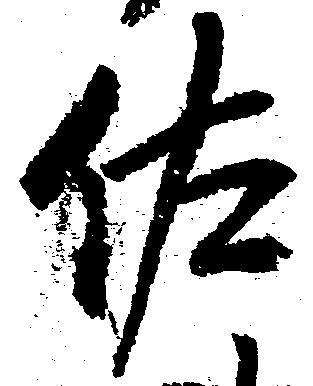
佐